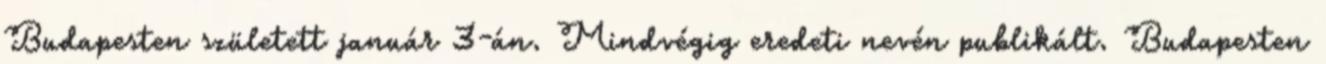
Budapesten született január 3-án. Mindvégig eredeti nevén publikált. Budapesten